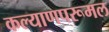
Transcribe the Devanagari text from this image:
कल्याणपरूमल